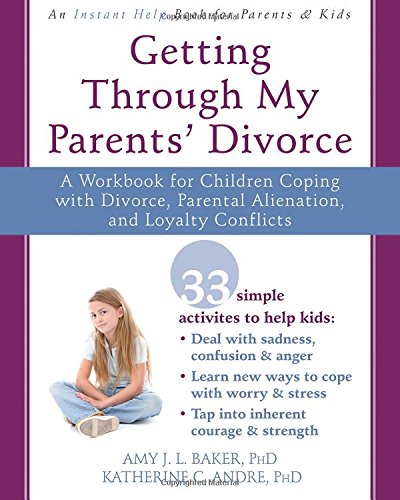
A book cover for Getting Through My Parents' Divorce: A Workbook for Children Coping with Divorce, Parental Alienation, and Loyalty Conflicts; Amy J. L. Baker PhD; Parenting & Relationships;